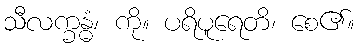
သီလက္ခန္ဓံ၊ ကို။ ပရိပူရေတိ၊ စေ၏။